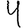
Digit: 4